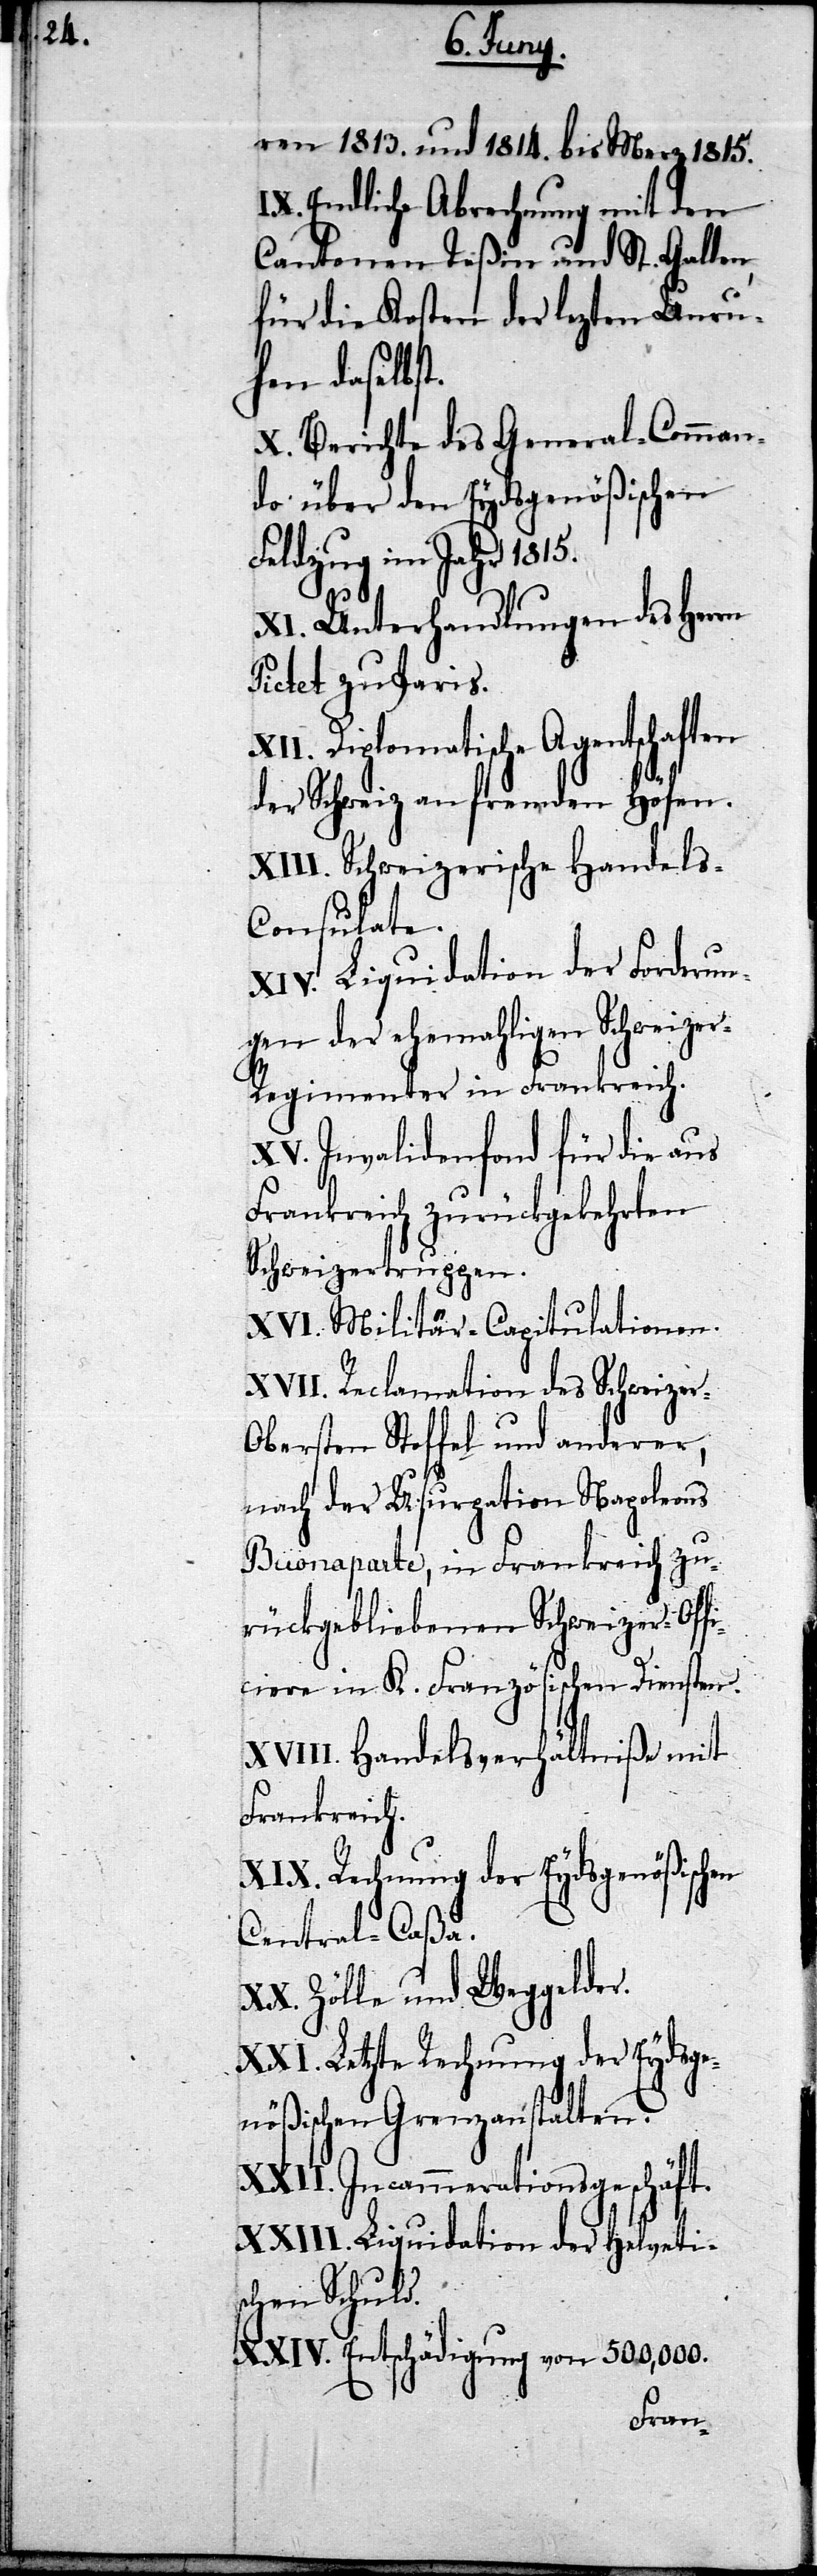
ren 1813. und 1814. bis Merz 1815.
IX. Endliche Abrechnung mit den
Cantonen Teßin und St. Gallen,
für die Kosten der lezten Unru¬
hen daselbst.
X. Berichte des General-Comman¬
do über den Eydsgenößischen
Feldzug im Jahr 1815.
XI. Unterhandlungen des Herrn
Pictet zu Paris.
XII. Diplomatische Agentschaften
der Schweiz an fremden Höfen.
XIII. Schweizerische Handels-C¬
onsulate.
XIV. Liquidation der Forderun¬
gen der ehemahligen Schweize¬
r-Regimenter in Frankreich.
XV. Invalidenfond für die aus
Frankreich zurückgekehrten
Schweizertruppen.
XVI. Militär-Capitulationen.
XVII. Reclamation des Schweize¬
r-Obersten Stoffel und anderer,
nach der Usurpation Napoleons
Buonaparte, in Frankreich zu¬
rückgebliebenen Schweizer-Offi¬
K. Französischen Diensten.
XVIII. Handelsverhältniße mit
Frankreich.
XIX. Rechnung der Eydsgenößischen
Central-Caßa.
XX. Zölle und Weggelder.
XXI. Letzte Rechnung der Eydsge¬
nößischen Grenzanstalten.
Incammerationsgeschäft.
XXIII. Liquidation der Helveti¬
schen Schuld.
XXIV. Entschädigung von 500,000.
ciere